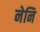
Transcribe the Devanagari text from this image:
नेनि